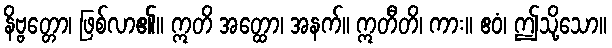
နိဗ္ဗတ္တော၊ ဖြစ်လာ၏။ ဣတိ အတ္ထော၊ အနက်။ ဣတီတိ၊ ကား။ ဧဝံ၊ ဤသို့သော။